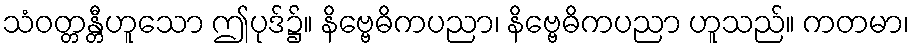
သံဝတ္တန္တီဟူသော ဤပုဒ်၌။ နိဗ္ဗေဓိကပညာ၊ နိဗ္ဗေဓိကပညာ ဟူသည်။ ကတမာ၊